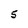
Character: 5